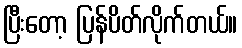
ပြီးတော့ ပြန်ပိတ်လိုက်တယ်။